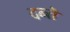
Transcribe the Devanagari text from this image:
दन्तॆ